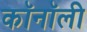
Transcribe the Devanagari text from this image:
कॉनॉली